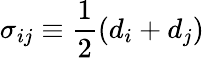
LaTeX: {\sigma_{ij}\equiv\frac{1}{2}(d_{i}+d_{j})}